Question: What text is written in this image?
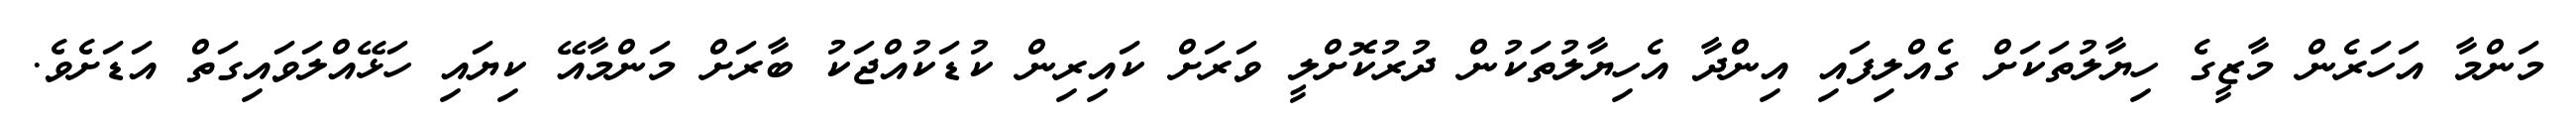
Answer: މަންމާ އަހަރެން މާޒީގެ ހިޔާލުތަކަށް ގެއްލިފައި އިންދާ އެހިޔާލުތަކުން ދުރުކޮށްލީ ވަރަށް ކައިރިން ކުޑަކުއްޖަކު ބާރަށް މަންމާއޭ ކިޔައި ހަޅޭއްލަވައިގަތް އަޑަށެވެ.